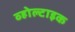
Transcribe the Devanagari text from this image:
व्होल्टाइक